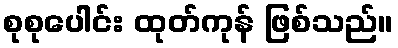
စုစုပေါင်း ထုတ်ကုန် ဖြစ်သည်။